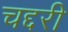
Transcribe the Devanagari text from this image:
चद्दरी